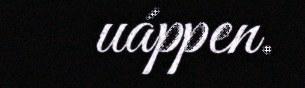
uáppen.